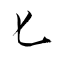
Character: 匕